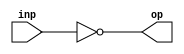
`timescale 1ns / 1ps
//////////////////////////////////////////////////////////////////////////////////
// Company: 
// Engineer: 
// 
// Design Name: 
// Module Name:    inverter 
// Project Name: 
// Target Devices: 
// Tool versions: 
// Description: 
//
// Dependencies: 
//
// Revision: 
// Revision 0.01 - File Created
// Additional Comments: 
//
//////////////////////////////////////////////////////////////////////////////////
module inverter(inp, op);

//Declare inputs/outputs
input inp;
output op;

//Set op as the inverse of inp
assign op = ~inp;

endmodule